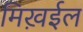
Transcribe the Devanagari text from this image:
मिख़ईल